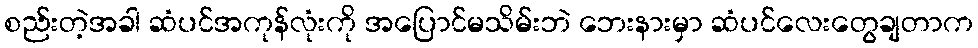
စည်းတဲ့အခါ ဆံပင်အကုန်လုံးကို အပြောင်မသိမ်းဘဲ ဘေးနားမှာ ဆံပင်လေးတွေချတာက